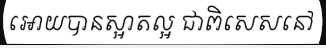
អោយបានស្អាតល្អ ជាពិសេសនៅ